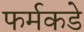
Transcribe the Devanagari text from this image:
फर्मकडे